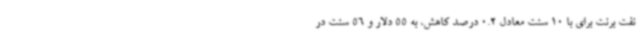
نفت برنت برای با 10 سنت معادل 0.2 درصد کاهش، به 55 دلار و 56 سنت در